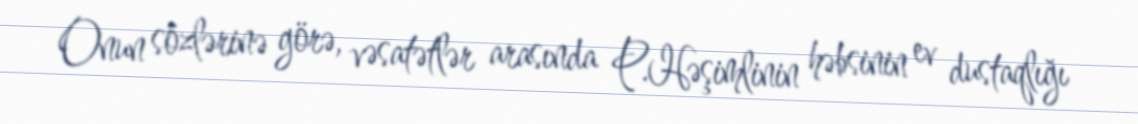
Onun sözlərinə görə, vəsatətlər arasında P.Həşimlinin həbsinin ev dustaqlığı